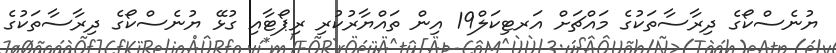
ޔުނެސްކޯގެ ދިރާސާތަކުގެ މައްޗަށް އަރޓިކަލް19 އިން ތައްޔާރުކުރި ރިޕޯޓާއި ގުޅޭ ޔުނެސްކޯގެ ދިރާސާތަކުގެ